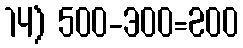
14) 500-300=200